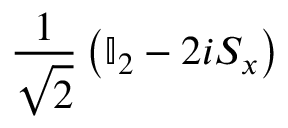
\frac { 1 } { \sqrt { 2 } } \left( \mathbb { I } _ { 2 } - 2 i S _ { x } \right)